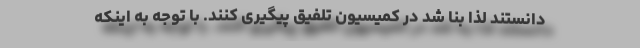
دانستند لذا بنا شد در کمیسیون تلفیق پیگیری کنند. با توجه به اینکه